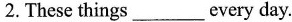
2. These things ___ every day.